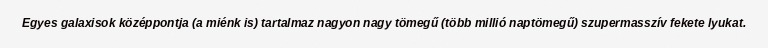
Egyes galaxisok középpontja (a miénk is) tartalmaz nagyon nagy tömegű (több millió naptömegű) szupermasszív fekete lyukat.